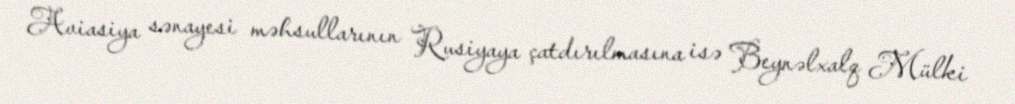
Aviasiya sənayesi məhsullarının Rusiyaya çatdırılmasına isə Beynəlxalq Mülki